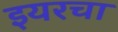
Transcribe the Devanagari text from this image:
इयरचा